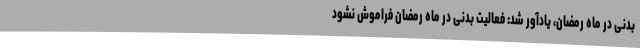
بدنی در ماه رمضان، یادآور شد: فعالیت بدنی در ماه رمضان فراموش نشود